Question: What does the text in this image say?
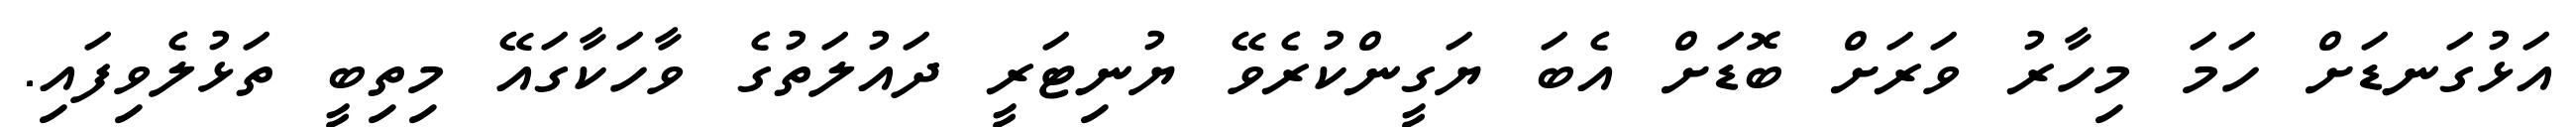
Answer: އަޅުގަނޑަށް ހަމަ މިހާރު ވަރަށް ބޮޑަށް އެބަ ޔަގީންކުރެވޭ ޔުނިޓަރީ ދައުލަތުގެ ވާހަކާގައޭ މިތިބީ ތަޅުލެވިފައި.